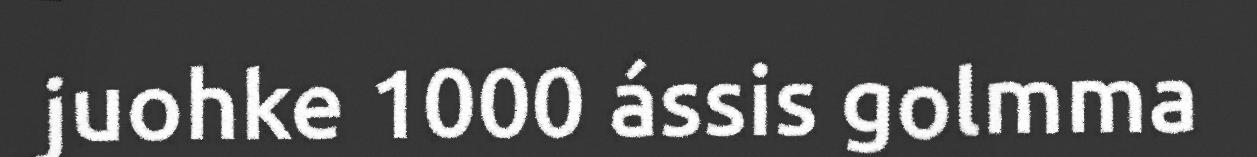
juohke 1000 ássis golmma